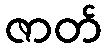
ဇာတ်